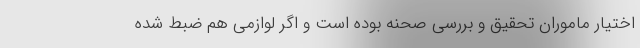
اختیار ماموران تحقیق و بررسی صحنه بوده است و اگر لوازمی هم ضبط شده